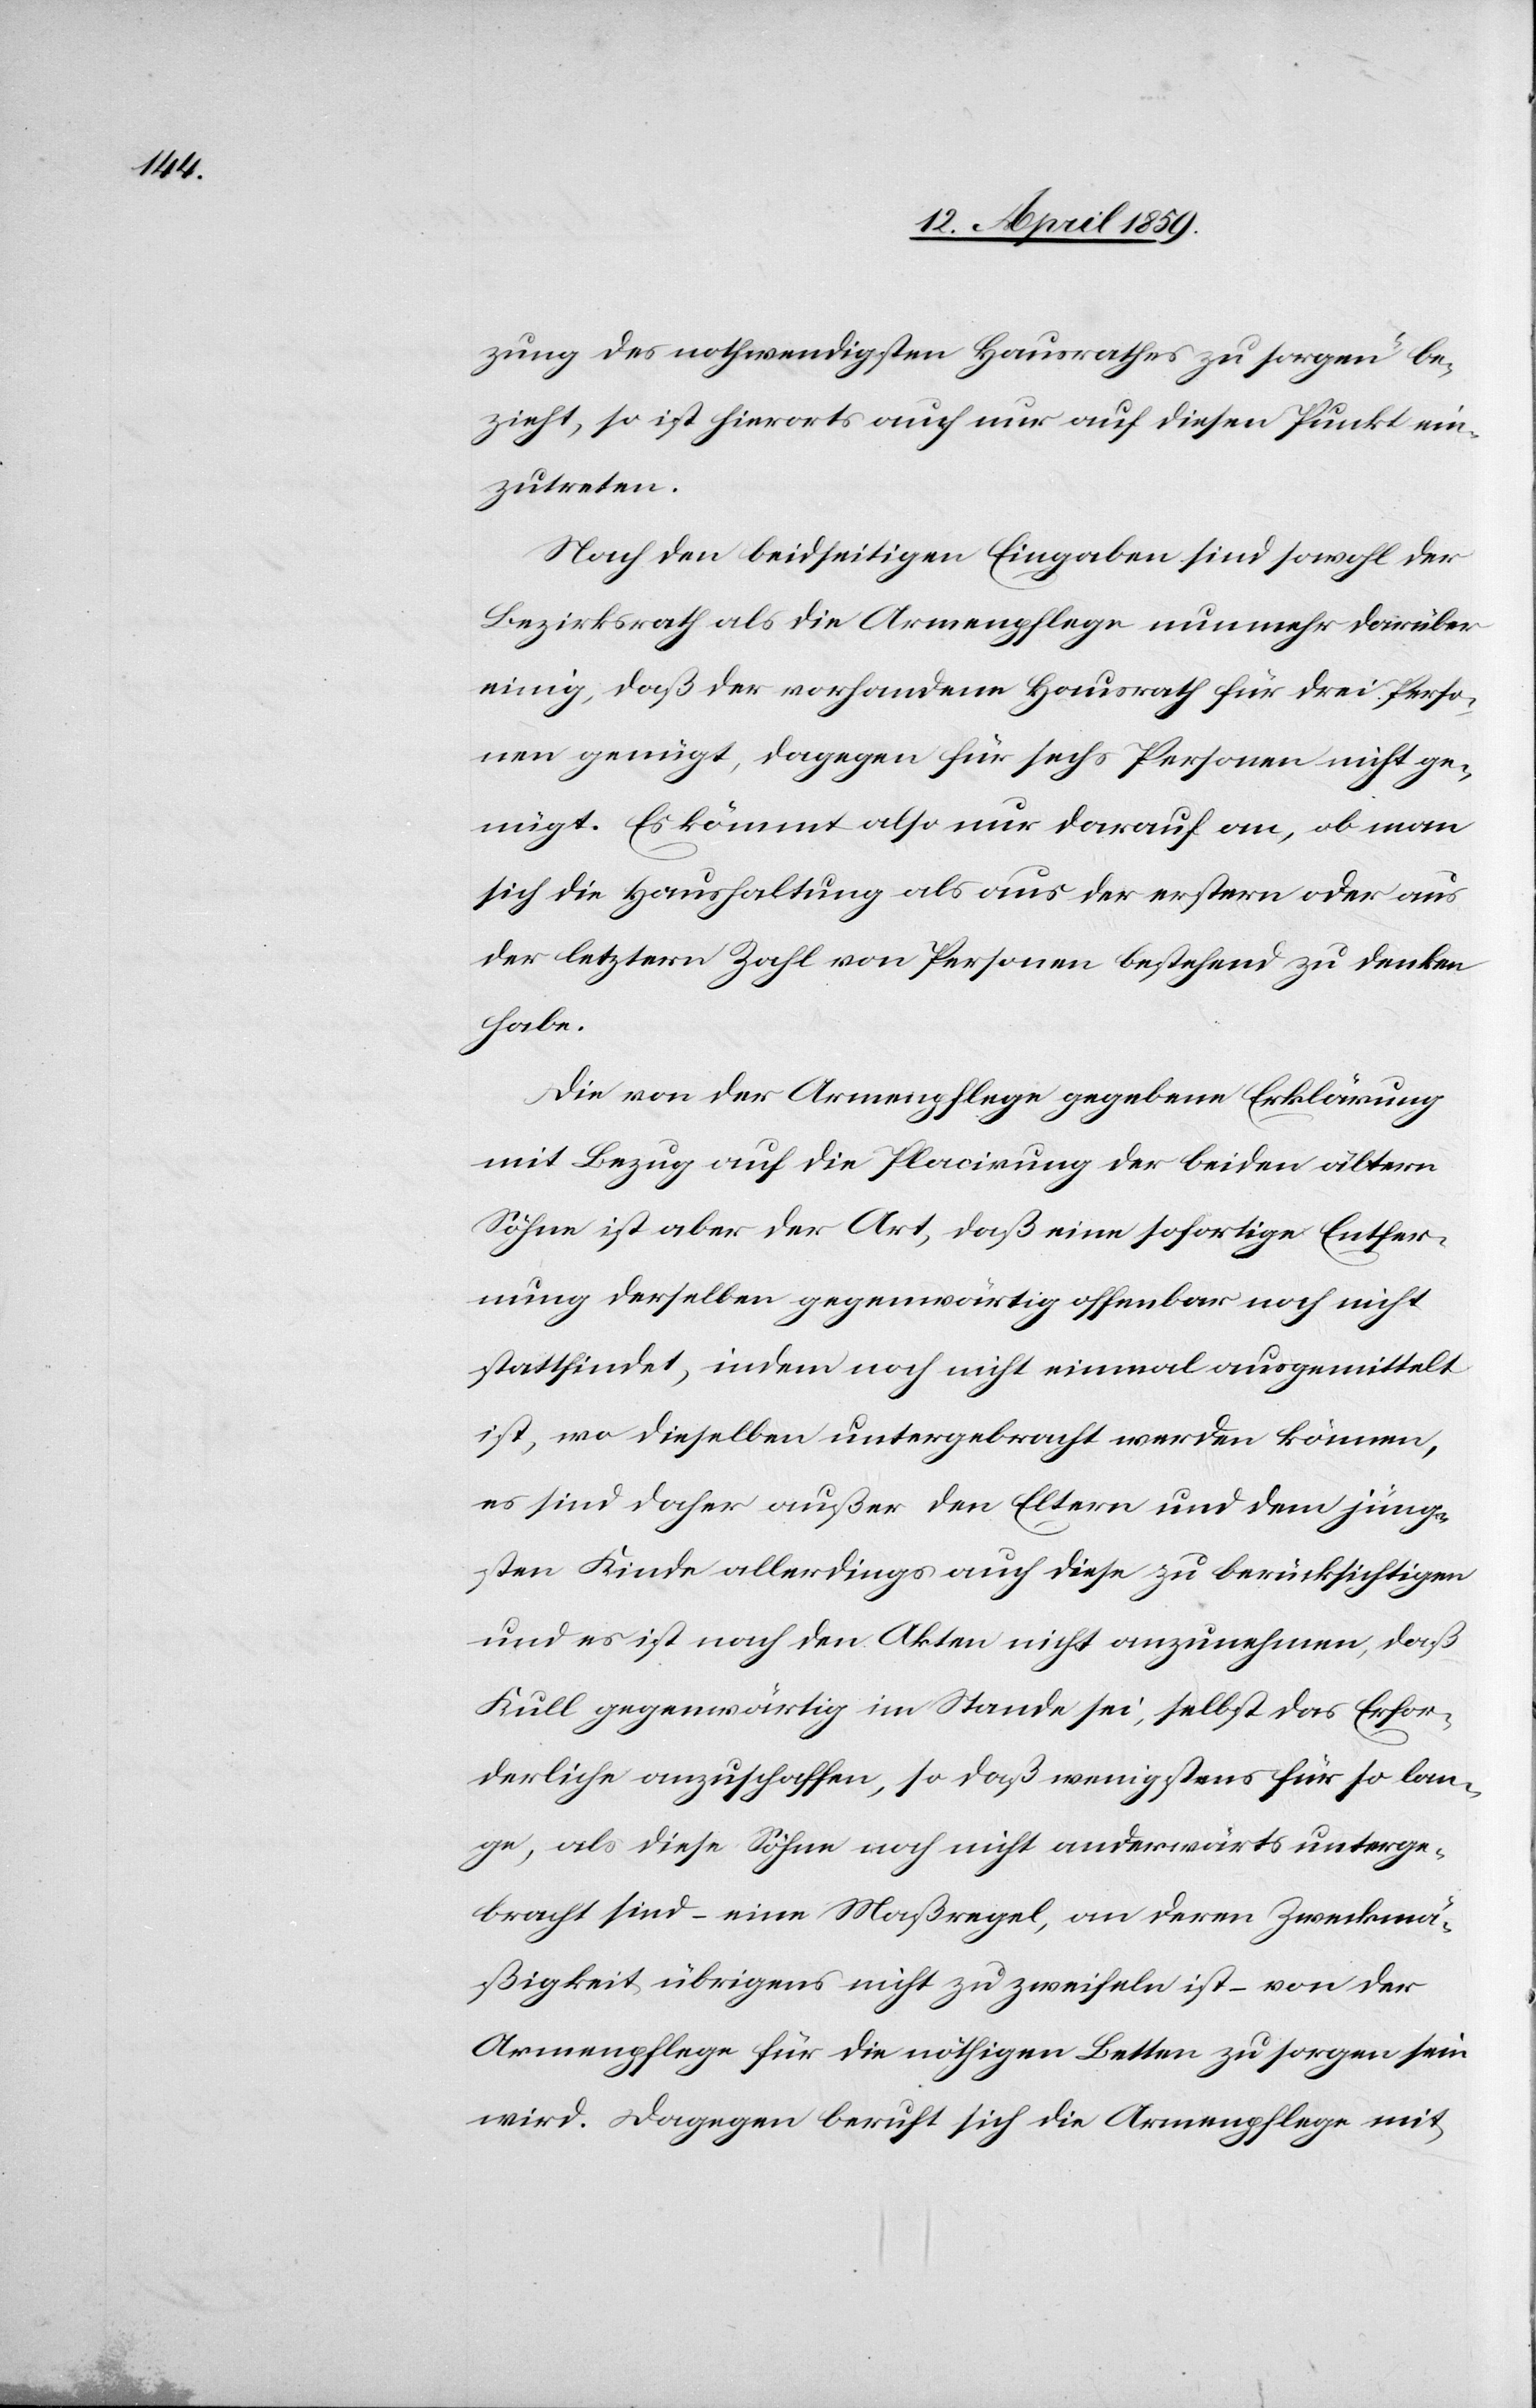
zung des nothwendigsten Hausrathes zu sorgen“ be¬
zieht, so ist hierorts auch nur auf diesen Punkt ein¬
zutreten.
Nach den beidseitigen Eingaben sind sowohl der
Bezirksrath als die Armenpflege nunmehr darüber
einig, daß der vorhandene Hausrath für drei Perso¬
nen genügt, dagegen für sechs Personen nicht ge¬
nügt. Es kömmt also nur darauf an, ob man
sich die Haushaltung als aus der erstern oder aus
der letztern Zahl von Personen bestehend zu denken
habe.
Die von der Armenpflege gegebene Erklärung
mit Bezug auf die Placirung der beiden ältern
Söhne ist aber der Art, daß eine sofortige Entfer¬
nung derselben gegenwärtig offenbar noch nicht
stattfindet, indem noch nicht einmal ausgemittelt
ist, wo dieselben untergebracht werden können,
es sind daher außer den Eltern und dem jüng¬
sten Kinde allerdings auch diese zu berücksichtigen
und es ist nach den Akten nicht anzunehmen, daß
Kull gegenwärtig im Stande sei, selbst das Erfor¬
derliche anzuschaffen, so daß wenigstens für so lan¬
ge, als diese Söhne noch nicht anderwärts unterge¬
bracht sind ( eine Maßregel, an deren Zweckmä¬
ßigkeit übrigens nicht zu zweifeln ist ( von der
Armenpflege für die nöthigen Betten zu sorgen sein
wird. Dagegen beruht sich die Armenpflege mit